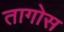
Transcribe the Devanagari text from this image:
तागोस